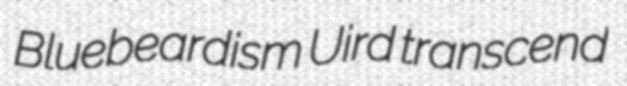
Bluebeardism Uird transcend